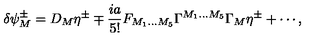
\delta \psi _ { M } ^ { \pm } = D _ { M } \eta ^ { \pm } \mp \frac { i a } { 5 ! } F _ { M _ { 1 } \ldots M _ { 5 } } \Gamma ^ { M _ { 1 } \ldots M _ { 5 } } \Gamma _ { M } \eta ^ { \pm } + \cdots ,